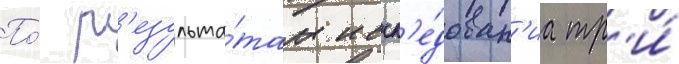
По́ р'езульта́там иссл'е́дован'иа тр'и́